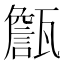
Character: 甔